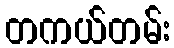
တကယ်တမ်း